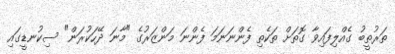
ތަރުތީބު ގެއްލިފައިވާ ގޮތަށް ތަކެތި ފެންނަނަމަ ފެންނަ މަންޒަރުގެ "މާނަ ދޭހަކުރަން" ސިކުނޑީގައި